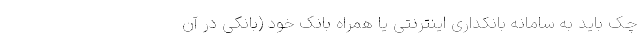
چک باید به سامانه بانکداری اینترنتی یا همراه بانک خود (بانکی در آن